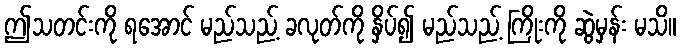
ဤသတင်းကို ရအောင် မည်သည့် ခလုတ်ကို နှိပ်၍ မည်သည့် ကြိုးကို ဆွဲမှန်း မသိ။